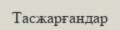
Тасжарғандар